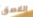
اللاصق